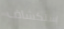
إستكشاف